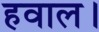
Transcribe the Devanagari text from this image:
हवाल।